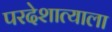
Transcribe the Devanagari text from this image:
परदेशात्याला